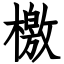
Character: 檄